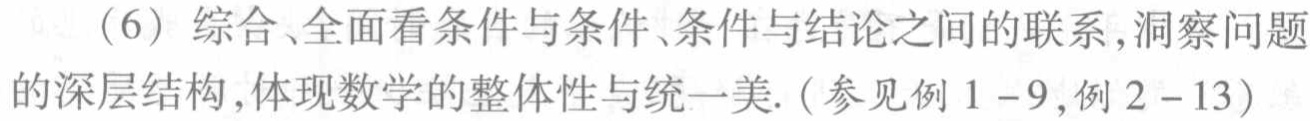
（6）综合、全面看条件与条件、条件与结论之间的联系，洞察问题的深层结构，体现数学的整体性与统一美.（参见例 \(1 - 9\)，例 \(2 - 13\)）